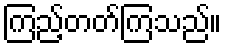
ကြည့်တတ်ကြသည်။